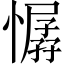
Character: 𢢁